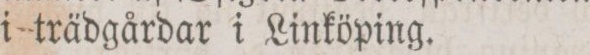
i trädgårdar i Linköping.